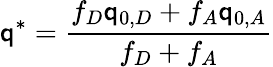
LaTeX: \mathsf{q}^{*}={\frac{{f_{D}\mathsf{q}_{0,D}+f_{A}\mathsf{q}_{0,A}}}{{f_{D}+f_{A}}}}